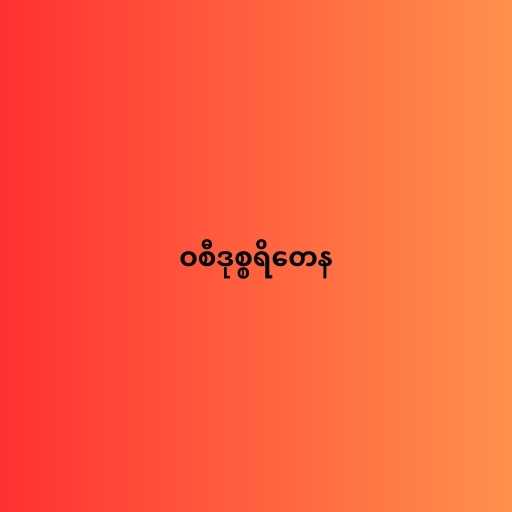
ဝစီဒုစ္စရိတေန